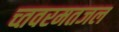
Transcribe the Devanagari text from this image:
च्तवरमतजल